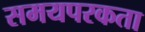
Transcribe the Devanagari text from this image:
समयपरकता